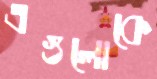
এগুলোকে